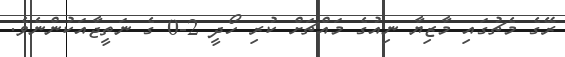
ރޭގެ މެޗުގައި މާޒިޔާ ނިއުގެ މައްޗަށް ކުރި ހޯދީ 2-0 ގެ ނަތީޖާއަކުންނެވެ.